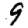
Digit: 9